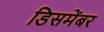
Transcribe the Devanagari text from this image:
डिसमेंबर